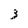
Character: 3